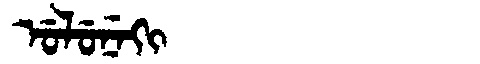
Manchu: ᡠᠯᡠᠨᡝᡴᡳ
Romanization: ULUNEKI